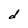
Character: d